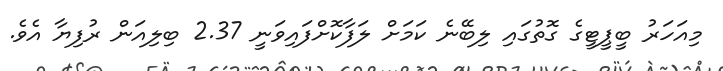
މިއަހަރު ބީޕީޓީގެ ގޮތުގައި ލިބޭނެ ކަމަށް ލަފާކޮށްފައިވަނީ 2.37 ބިލިއަން ރުފިޔާ އެވެ.